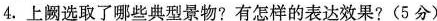
4.上阙选取了哪些典型景物?有怎样的表达效果?(5分)